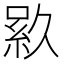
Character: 𬗎